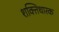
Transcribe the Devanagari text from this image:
शक्तिधारक